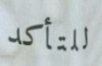
للتأكد